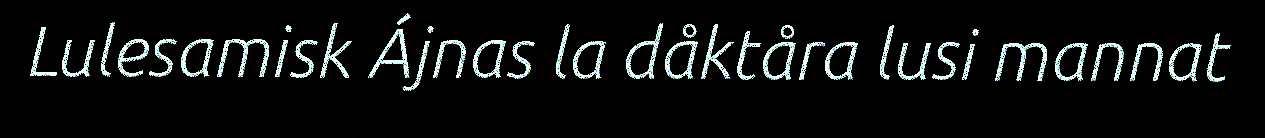
Lulesamisk Ájnas la dåktåra lusi mannat